Account of plague administration in the Bombay Presidency from September 1896 till May 1897
Year: 1896
Disease focus: Plague
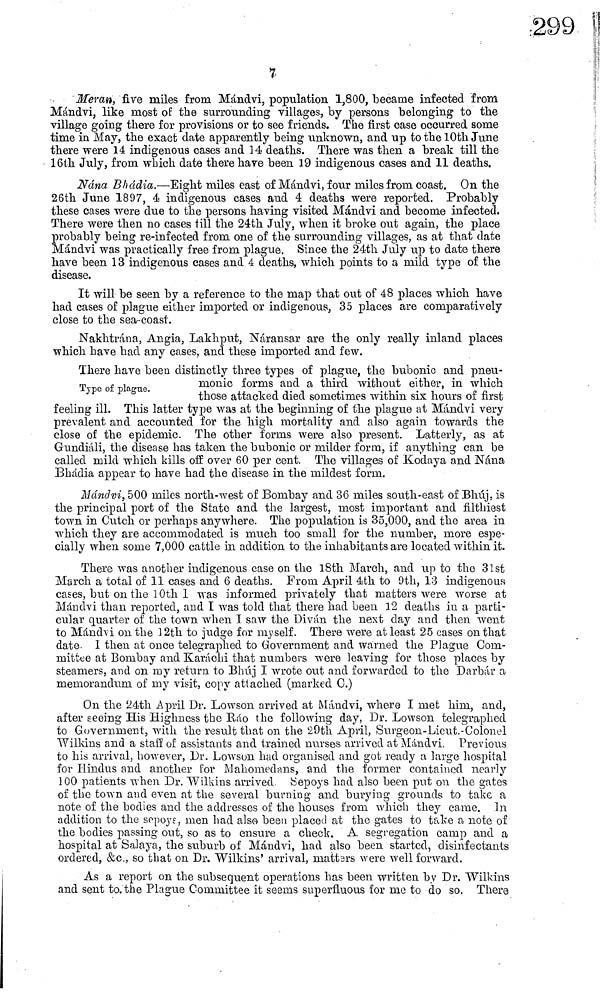
7
Meran, five miles from Mándvi, population 1,800, became infected from
Mándvi, like most of the surrounding villages, by persons belonging to the
village going there for provisions or to see friends. The first case occurred some
time in May, the exact date apparently being unknown, and up to the 10th June
there were 14 indigenous cases and 14 deaths. There was then a break till the
16th July, from which date there have been 19 indigenous cases and 11 deaths.
Nana Bhádía.—Eight miles east of Mándvi, four miles from coast. On the
26th June 1897, 4 indigenous cases and 4 deaths were reported. Probably
these cases were due to the persons having visited Mándvi and become infected.
There were then no cases till the 24th July, when it broke out again, the place
probably being re-infected from one of the surrounding villages, as at that date
Mándvi was practically free from plague. Since the 24th July up to date there
have been 13 indigenous cases and 4 deaths, which points to a mild type of the
disease.
It will be seen by a reference to the map that out of 48 places which have
had cases of plague either imported or indigenous, 35 places are comparatively
close to the sea coast.
Nakhtrána, Angia, Lakhput, Náransar are the only really inland places
which have had any cases, and these imported and few.
Type
of
plague
There have been distinctly three types of plague, the bubonic and pneu-
monic fornis and a third without either, in which
those attacked died sometimes within six hours of first
feeling ill. This latter type was at the beginning of the plague at Mándvi very
prevalent and accounted for the high mortality and also again towards the
close of the epidemic. The other forms were also present. Latterly, as at
Gundiáli, the disease has taken the bubonic or milder form, if anything can be
called mild which kills off over 60 per cent. The villages of Kodaya and Nana
Bhádia appear to have had the disease in the mildest form.
Mándvi, 500 miles north-west of Bombay and 36 miles south-east of Bhúj, is
the principal port of the State and the largest, most important and filthiest
town in Cutch, or perhaps anywhere. The population is 35,000, and the area in
which they are accommodated is much too small for the number, more espe-
cially when some 7,000 cattle in addition to the inhabitants are located within it.
There was another indigenous case on the 18th March, and up to the 31st
March a total of 11 cases and 6 deaths. From April 4th to 9th, 13 indigenous
cases, but on the 10th 1 was informed privately that matters were worse at
Mándvi than reported, and I was told that there had been 12 deaths in a parti-
cular quarter of the town when I saw the Diván the next day and then went
to Mándvi 011 the 12th to judge for myself. There were at least 25 cases on that
date. I then at once telegraphed to Government and warned the Plague Com-
mittee at Bombay and Karachi that numbers were leaving for those places by
steamers, and on my return to Bhúj I wrote out and forwarded to the Darbár a
memorandum of my visit, copy attached (marked C.)
On the 24th April Dr. Lowson arrived at Mándvi, where I met him, and,
after seeing His Highness the Ráo the following day, Dr. Lowson telegraphed
to Government, with the result that on the 29th April, Surgeon-Lieut.-Colonel
Wilkins and a staff of assistants and trained nurses arrived at Mándvi. Previous
to his arrival, however, Dr. Lowson had organised and got ready a large hospital
for Hindus and another for Mahoniedans, and the former contained nearly
100 patients when Dr. Wilkins arrived. Sepoys had also been, put on the gates
of the town and even at the several burning and burying grounds to take a
note of the bodies and the addresses of the houses from which they came. In
addition to the sopoye, men had also been placed at the gates to take a, note of
the bodies passing out, so as to ensure a check. A segregation camp and a
hospital at Salaya, the suburb of Mándvi, had also been started, disinfectants
ordered, &c., so that on Dr. Wilkins' arrival, matters were well forward.
As a report on the subsequent operations has been written by Dr. Wilkins
and sent to the Plague Committee it seems superfluous for me to do so. There